Cholera in southern India
Disease focus: Cholera
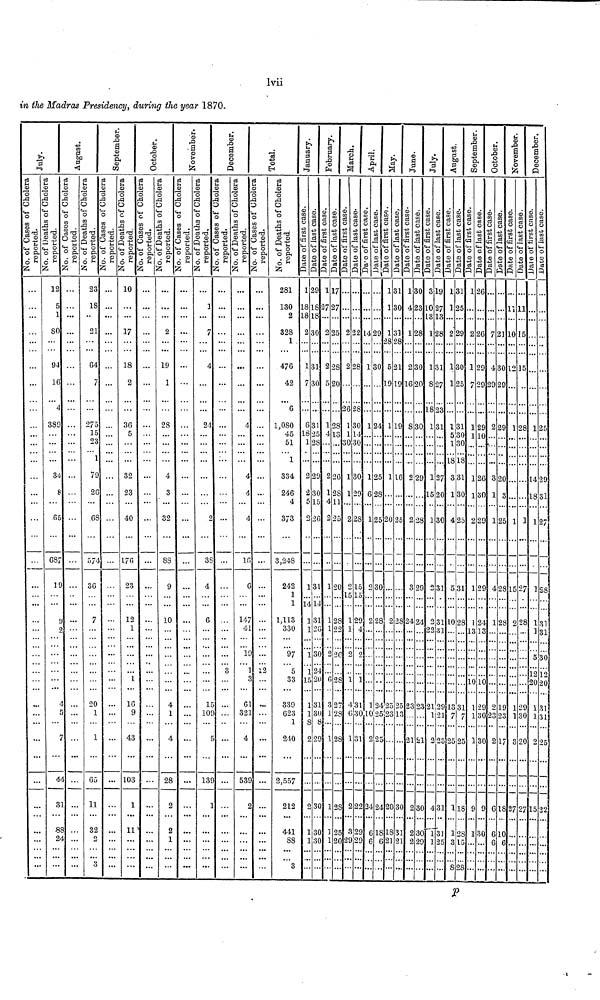
lvii
in the Madras Presidency, during the year 1870.
80
..
...
s
...
9
...
12
5
1
94
16
4
389
34
6
68
1
...
...
...
...
...
...
...
...
...
8 ...
5 ...
7 ...
9 ...
...
2 • • •
4 ..
5 ...
7 ..
44 ..
31 ..
88 ..
24
23
18
21
64
7
275
15
23
1
79
26
68
57
36
1
20
1
.
.
6
.
11
.
3
...
...
...
...
...
...
...
...
...
4 • ••
..
:
..
..
1 ..
5 ..
.
2 ..
2
3 ,
10
17
18
2
36
5
32
23 40
.
176
23
12
1
.
16
.
9
.
43
.
103
..
1
.
11
,,
-
-
2
9
1
28
4
3
32
88
9
10
4
1
4
28
2
2
1
..
..
..
.
1
7
4
24
38
4
6
.
10
.
13
...
...
...
...
...
...
3
9 ...
9 ...
4
4
4
4
16
14
4
1
6
32
4
53
...
...
...
...
...
6 ...
7 ...
1 ...
9 ...
1 12
3 ...
1 ...
1 ...
...
9 ...
2 ...
281
130
2
328
1 ,
476
42
6
1,080
45
51
1
334
246
4
3/3
3,248
242
1
1
1,113
330
97
5
33
339
623
1
240
2,557
212
441
88
1
18
18
2
...
1
7
6
18
1
2
2
5
2
1
14
1
1
1
1
15
1
8
29
18 2
18
30
31
30
31
25
28
29
30
15
26
31
1.1
31
26
30
24
20
131
30
8
2 20
2 30
1 30
1 30
1
7
2
2
5
1
4
...
2
1
4
2
1
1
1
2
..
fi
1
-
1
17
27
25
28
20
28
13
...
26
28
11
25
20
28
22
26
. .'.
28
27
28
..
28
1 28
1 25
1 20
2
2
26
1
1
30
1
1
2
2
15
1
1
2
.
1
6
.
1
2
5
2
22
28
28
30
14
0
30
29
28
15
15
2
4
2
3
3
3
3
2
2
9 2
14
1
1
1
6
1
2
1
1
1
2 2
9
9
29
30
24
25
28
25
30
2
12
2
2 2
4 2
6 1
6
1
1
1
28
5
19
1
1
20
2
' .
25
5 23
5
4 2
S 1
6 2
31
30
33
28
21
19
19
16
25
28
25
13
0 3
8 3
1 2
0
1
1
1
1
.
1
2
6
8
.
2
2
3
24
•
2
2
30
23
...
28
30
20
30
..
29
28
29
24
• ..
3 2
12
2 3
2 3
2 2
3
10
13
1
1
8
1
.
1
15
1
2
2
.22
3 2
1
1 2
0 4
9
19
27
13
28
31
27
31
27
20
30
31
31
31
2
2
2
3
13
12
1
1
2
1
1
1
5
1
18
3
1
4
5
10
13
1 7
3 2
1
]
5
31
25
29
30
25
31
30
30
18
31
30
25
31
28
31
7
5 25
118
128
3 15
1
2
1
7
1
l
1
1
2
1
1
1
.'.
10
1
1
1
9
26
26
29
29
29
io
26
30
29
29
24
13
. ...
10
29
30
30
9
130
7
4
29
2
-.
3
1
1
4
1
-
2
23
2
6
6
6
21
30
29
29
20
3
25
28
28
..
1
23
1
1
1
11
10
12
1
1
15
2
. ..
9
7
8 2
0
6
11
15
15
28
1
27
28
..
. - -
1 29
130
3 20
7 27
1
14
18
1
1
1
. 3
12
20
1
1
2
15
25
29
31
27
28
31
31
30
12
20
31
31
25
22
P